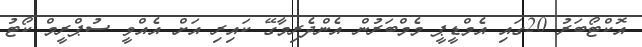
އޮކްޓޯބަރު 20ގައި އެމްޑީޕީ މެމްބަރުން އެންދެރިމާގޭ ކައިރި އަށް އެއްވީ ސުޕްރީމް ކޯޓު